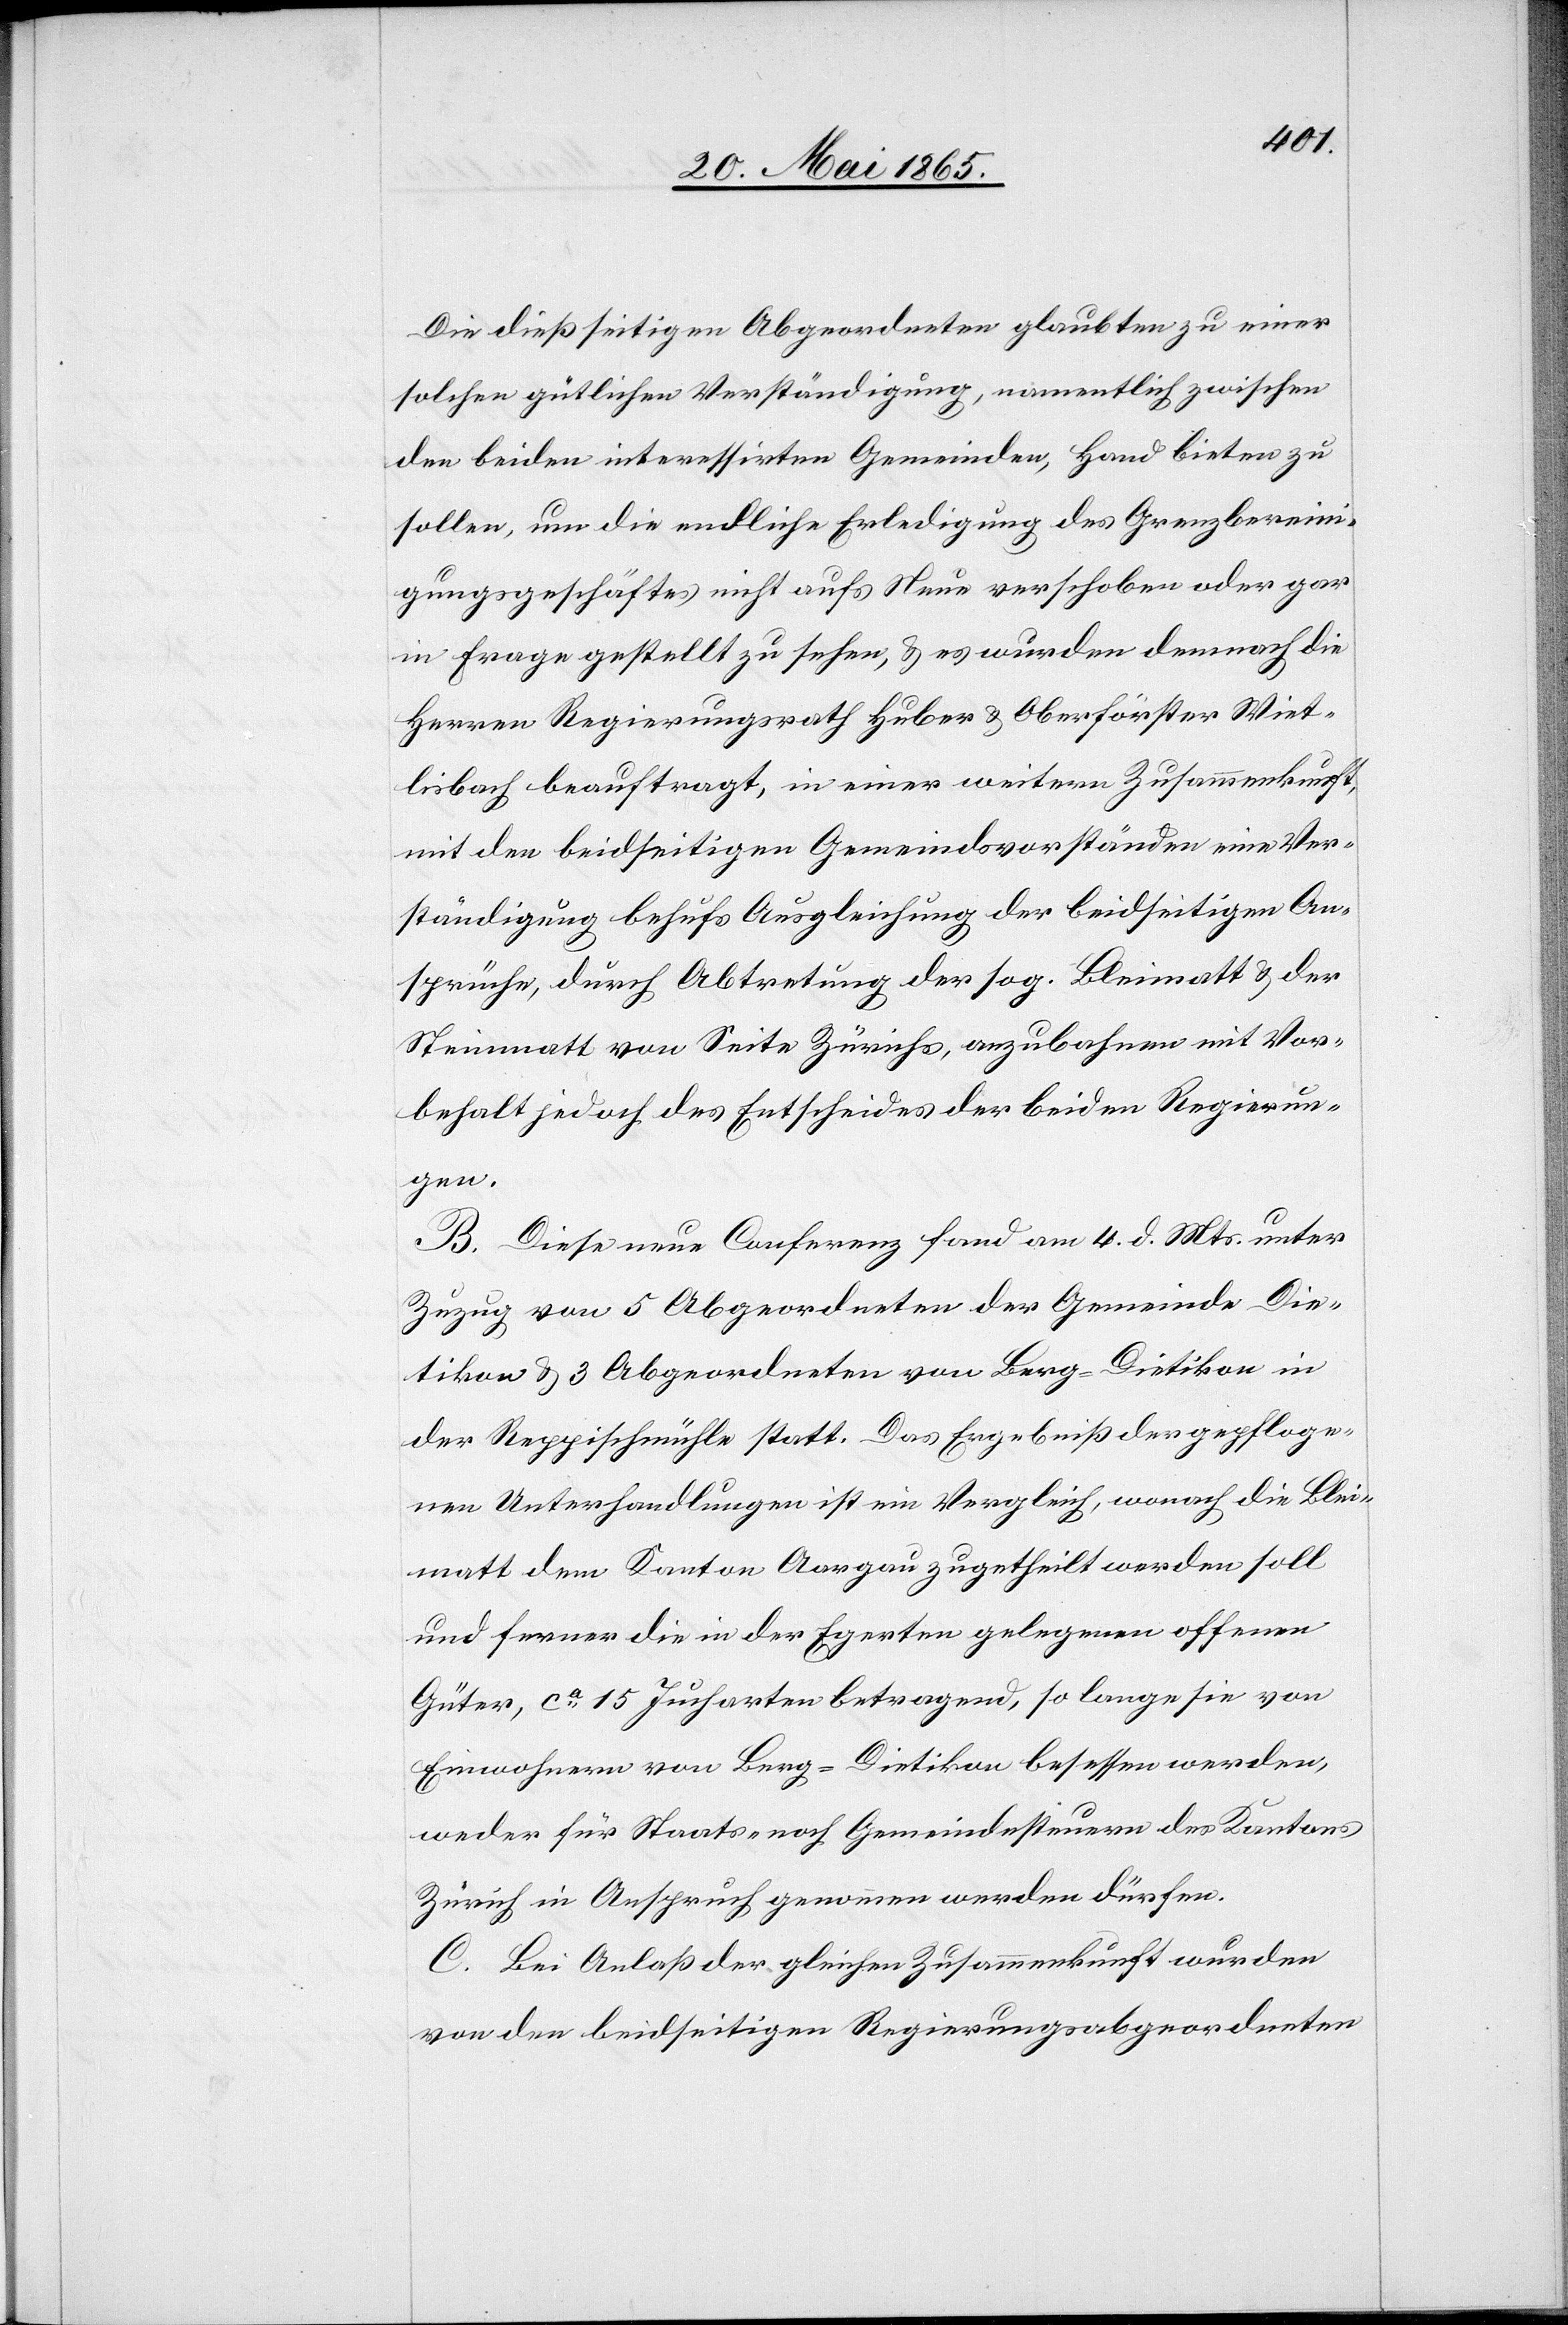
Die dießseitigen Abgeordneten glaubten zu einer
solchen gütlichen Verständigung, namentlich zwischen
den beiden interessirten Gemeinden, Hand bieten zu
sollen, um die endliche Erledigung des Grenzbereini¬
gungsgeschäftes nicht aufs Neue verschoben oder gar
in Frage gestellt zu sehen, & es wurden demnach die
Herren Regierungsrath Huber & Oberförster Wiet¬
lisbach beauftragt, in einer weitern Zusammenkunft,
mit den beidseitigen Gemeindsvorständen eine Ver¬
ständigung behufs Ausgleichung der beidseitigen An¬
sprüche, durch Abtretung der sog. Bleimatt & der
Steinmatt von Seite Zürichs, anzubahnen mit Vor¬
behalt jedoch des Entscheides der beiden Regierun¬
gen.
B. Diese neue Conferenz fand am 4. d. Mts. unter
Zuzug von 5 Abgeordneten der Gemeinde Die¬
tikon & 3 Abgeordneten von Berg-Dietikon in
der Reppischmühle statt. Das Ergebniß der gepfloge¬
nen Unterhandlungen ist ein Vergleich, wonach die Blei¬
matt dem Kanton Aargau zugetheilt werden soll
und ferner die in der Egerten gelegenen offenen
Güter, ca 15 Jucharten betragend, so lange sie von
Einwohnern von Berg-Dietikon besessen werden,
weder für Staats- noch Gemeindesteuern des Kantons
Zürich in Anspruch genommen werden dürfen.
C. Bei Anlaß der gleichen Zusammenkunft wurden
von den beidseitigen Regierungsabgeordneten